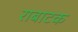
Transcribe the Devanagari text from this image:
राबाटक